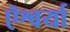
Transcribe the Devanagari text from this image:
ऎश्वर्या